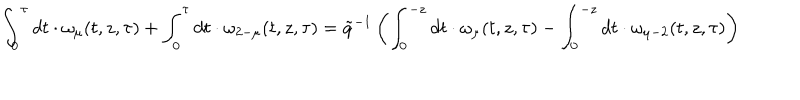
\int _ { 0 } ^ { \tau } d t \cdot \omega _ { \mu } ( t , z , \tau ) + \int _ { 0 } ^ { \tau } d t \cdot \omega _ { 2 - \mu } ( t , z , \tau ) = \tilde { q } ^ { - 1 } \left( \int _ { 0 } ^ { - z } d t \cdot \omega _ { \mu } ( t , z , \tau ) - \int _ { 0 } ^ { - z } d t \cdot \omega _ { \mu - 2 } ( t , z , \tau ) \right)